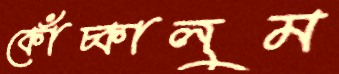
কোঁচ্‌কালুম